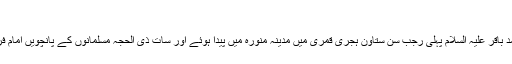
فروری 25, 2020	97 Views
مسلمانوں کے پانچویں امام فرزند رسول حضرت امام محمد باقر علیہ السلام پہلی رجب سن ستاون ہجری قمری میں مدینہ منورہ میں پیدا ہوئے اور سات ذی الحجہ مسلمانوں کے پانچویں امام فرزند رسول حضرت امام محمد باقرعلیہ السلام شہید ہوئے۔